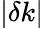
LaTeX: \vert\delta k\vert